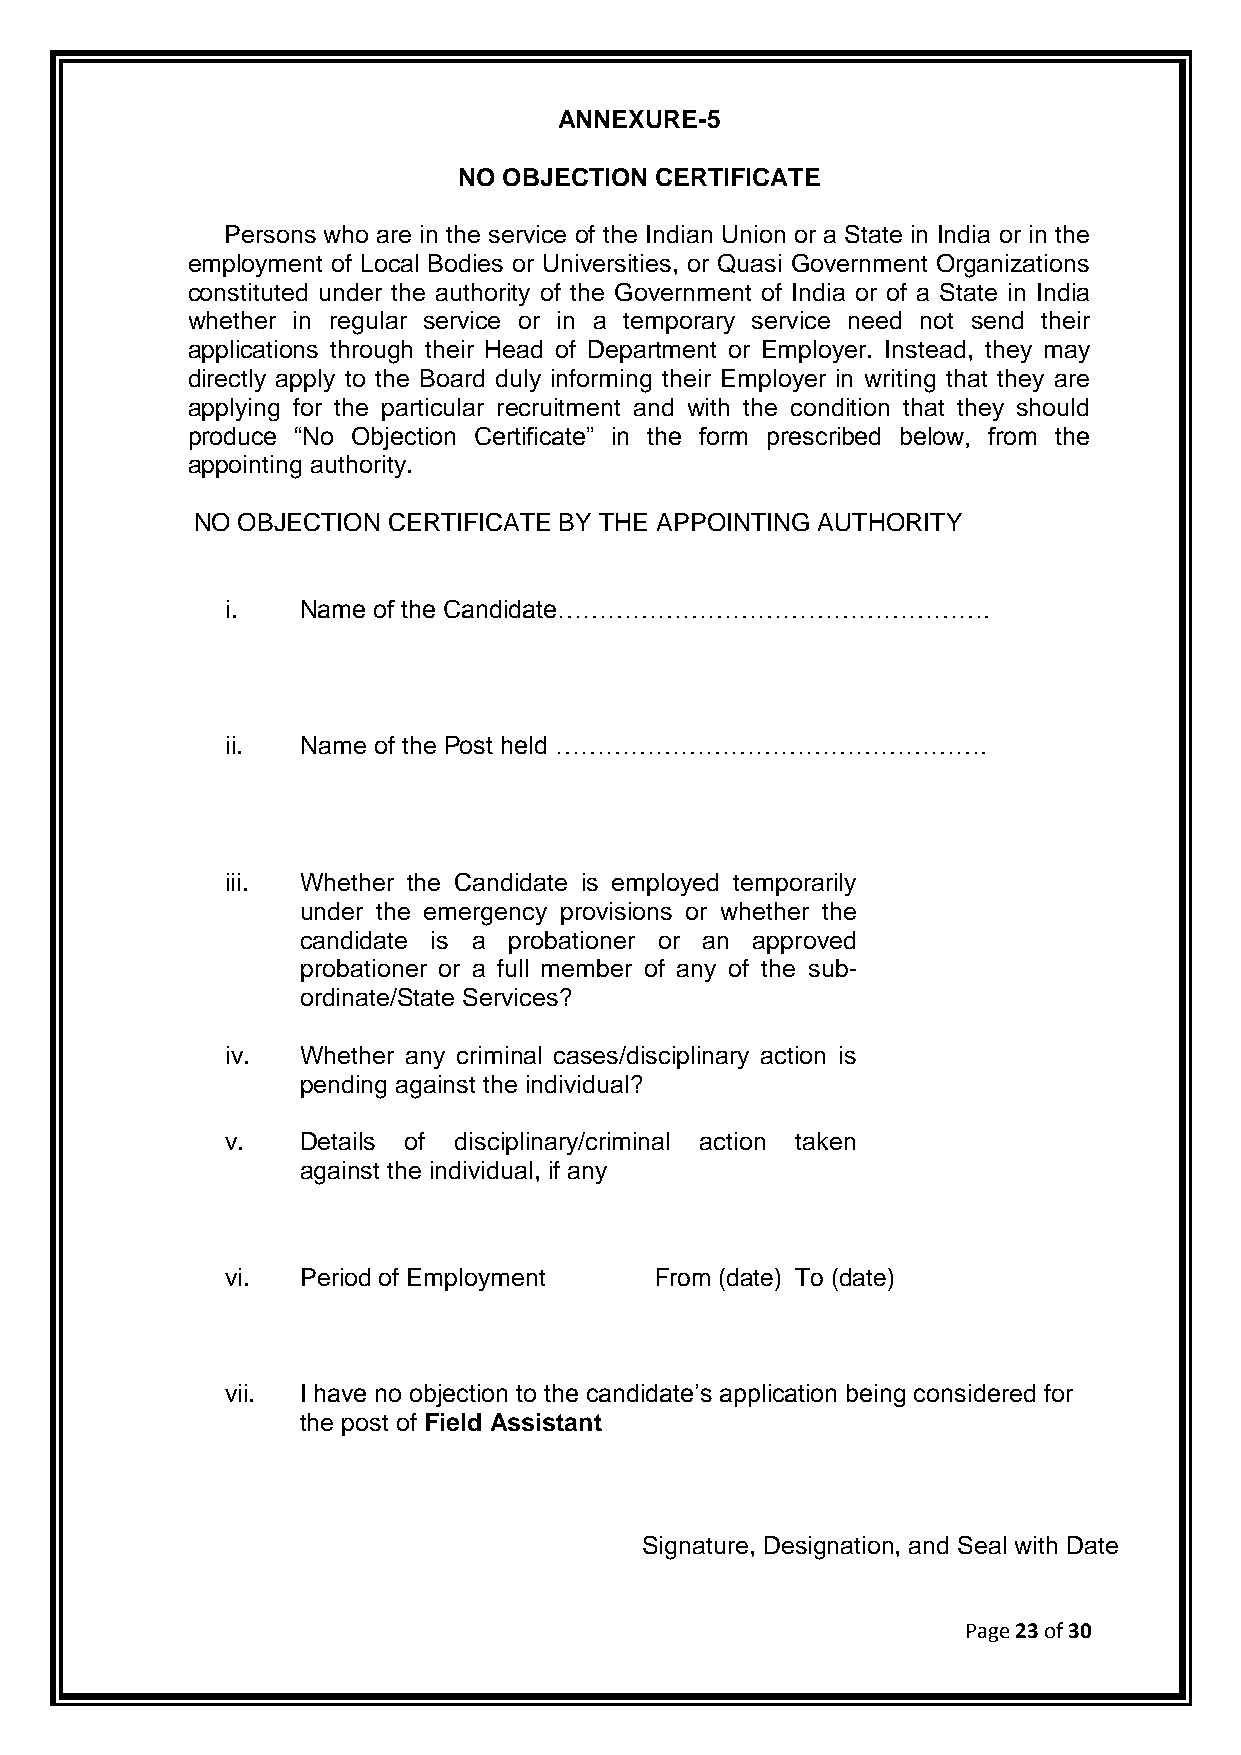
ANNEXURE-5
 NO OBJECTION CERTIFICATE
 Persons who are in the service of the Indian Union or a State in India or in the
 employment of Local Bodies or Universities, or Quasi Government Organizations
 constituted under the authority of the Government of India or of a State in India
 whether in regular service or in a temporary service need not send their
 applications through their Head of Department or Employer. Instead, they may
 directly apply to the Board duly informing their Employer in writing that they are
 applying for the particular recruitment and with the condition that they should
 produce “No Objection Certificate” in the form prescribed below, from the
 appointing authority.
 NO OBJECTION CERTIFICATE BY THE APPOINTING AUTHORITY
 i.   Name of the Candidate…………………………………………….
 ii.  Name of the Post held …………………………………………….
 iii. Whether the Candidate is employed temporarily
 under the emergency provisions or whether the
 candidate is a probationer or an approved
 probationer or a full member of any of the sub-
 ordinate/State Services?
 iv.  Whether any criminal cases/disciplinary action is
 pending against the individual?
 v.   Details of disciplinary/criminal action taken
 against the individual, if any
 vi.  Period of Employment   From (date) To (date)
 vii. I have no objection to the candidate‟s application being considered for
 the post of Field Assistant
 Signature, Designation, and Seal with Date
 Page 23 of 30